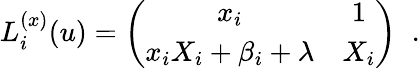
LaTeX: L_{i}^{(x)}(u)=\left(\begin{array}{cc}{{x_{i}}}&{{1}}\\ {{x_{i}X_{i}+\beta_{i}+\lambda}}&{{X_{i}}}\end{array}\right)\; \; .